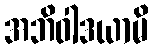
အဘိဝါဒယာမိ